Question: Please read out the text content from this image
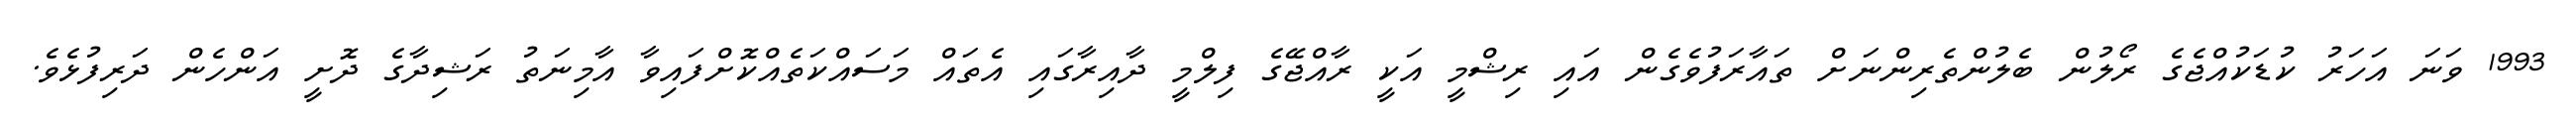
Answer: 1993 ވަނަ އަހަރު ކުޑަކުއްޖެގެ ރޯލުން ބެލުންތެރިންނަށް ތައާރަފުވެގެން އައި ރިޝްމީ އަކީ ރާއްޖޭގެ ފިލްމީ ދާއިރާގައި އެތައް މަސައްކަތެއްކޮށްފައިވާ އާމިނަތު ރަޝިދާގެ ދޮށީ އަންހެން ދަރިފުޅެވެ.